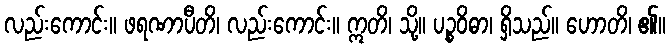
လည်းကောင်း။ ဖရဏာပီတိ၊ လည်းကောင်း။ ဣတိ၊ သို့။ ပဉ္စဝိဓာ၊ ရှိသည်။ ဟောတိ၊ ၏။